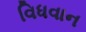
વિધવાન